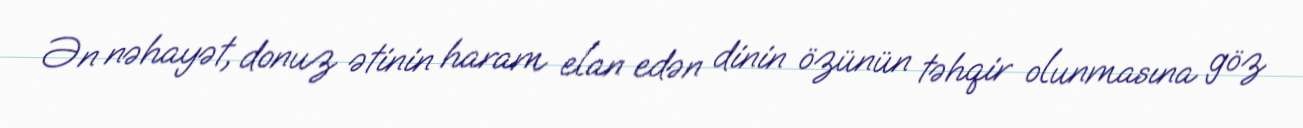
Ən nəhayət, donuz ətinin haram elan edən dinin özünün təhqir olunmasına göz